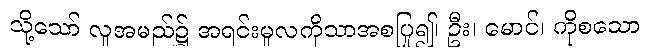
သို့သော် လူအမည်၌ အရင်းမူလကိုသာအစပြု၍၊ ဦး၊ မောင်၊ ကိုစသော